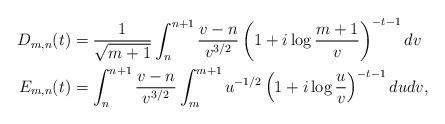
LaTeX: \begin{align*}D_{m,n}(t) &= \frac{1}{\sqrt{m+1}} \int_n^{n+1} \frac{v-n}{v^{3/2}} \left(1+i\log\frac{m+1}{v}\right)^{-t-1} dv \\E_{m,n}(t) &= \int_n^{n+1} \frac{v-n}{v^{3/2}} \int_m^{m+1} u^{-1/2} \left(1+i\log\frac{u}{v}\right)^{-t-1} dudv,\end{align*}